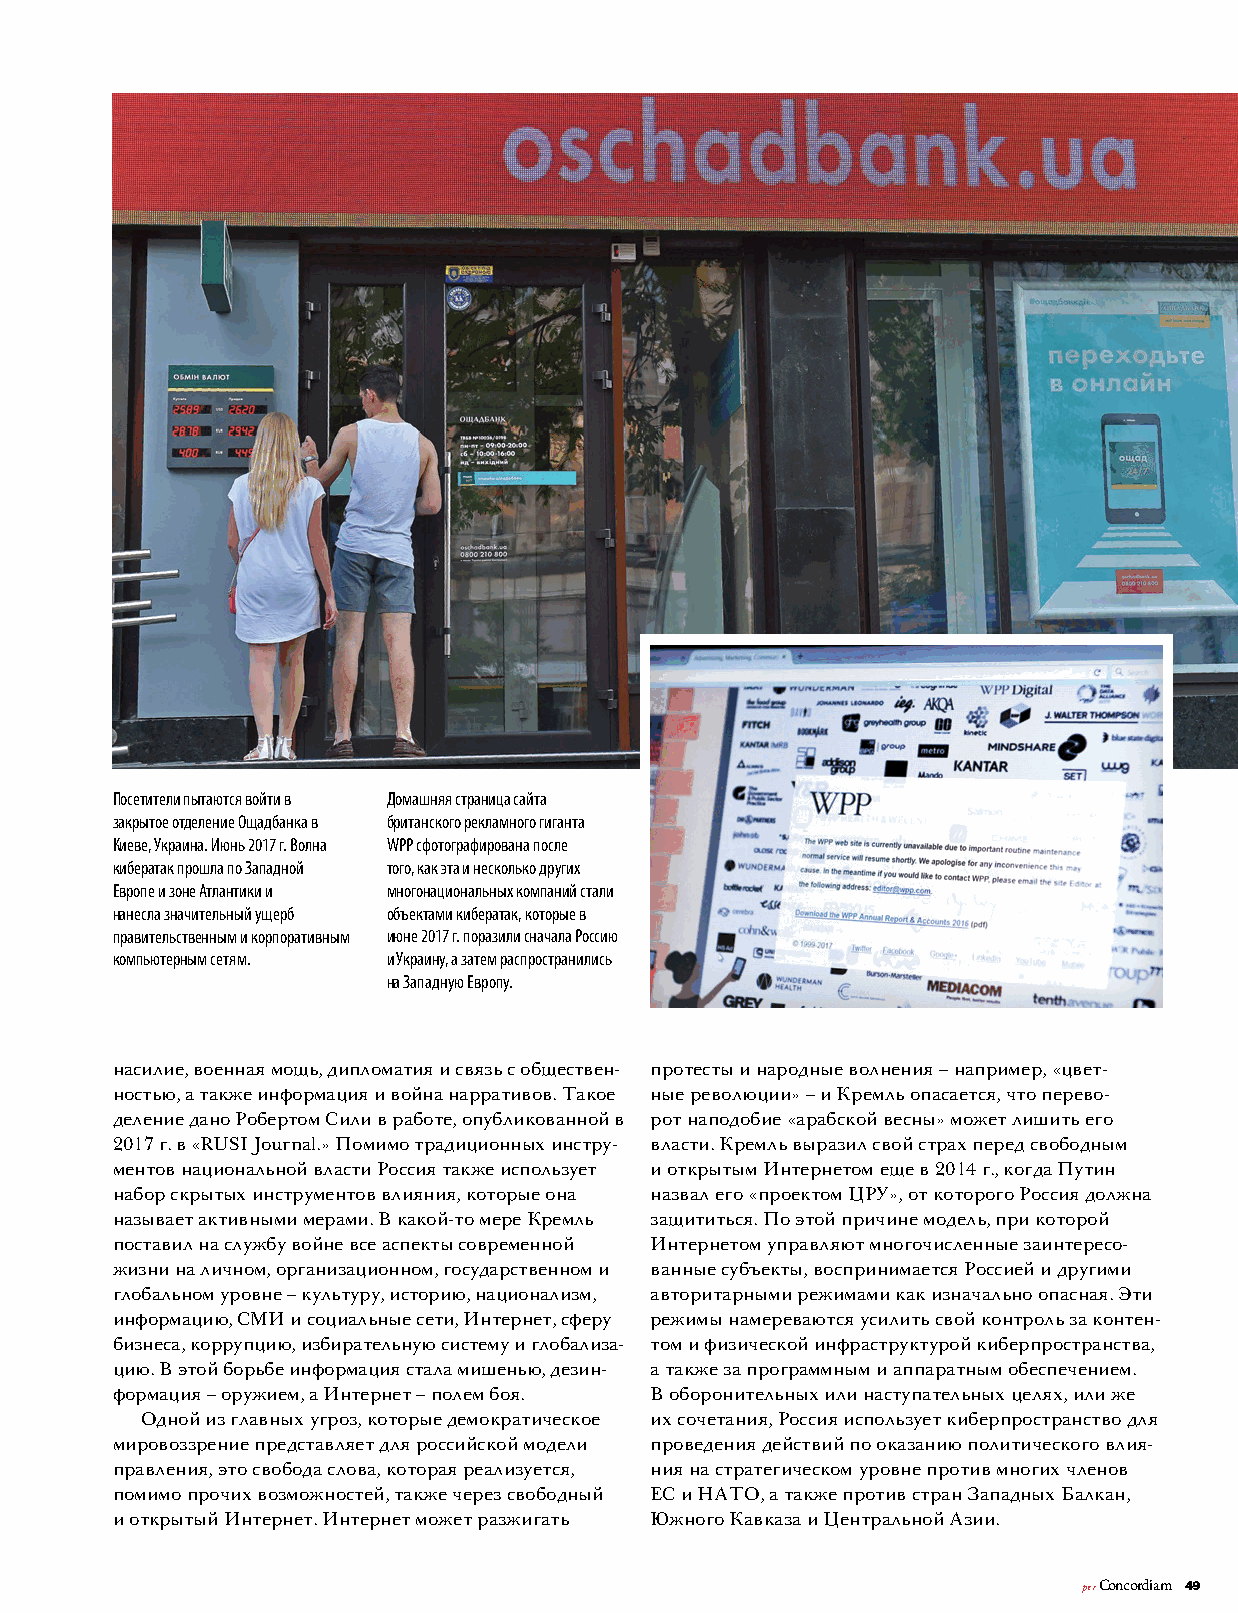
Посетители пытаются войти в Домашняя страница сайта
 закрытое отделение Ощадбанка в британского рекламного гиганта
 Киеве, Украина. Июнь 2017 г. Волна WPP сфотографирована после
 кибератак прошла по Западной того, как эта и несколько других
 Европе и зоне Атлантики и многонациональных компаний стали
 нанесла значительный ущерб объектами кибератак, которые в
 правительственным и корпоративным июне 2017 г. поразили сначала Россию
 компьютерным сетям. и Украину, а затем распространились
 на Западную Европу.
 насилие, военная мощь, дипломатия и связь с обществен- протесты и народные волнения – например, «цвет-
 ностью, а также информация и война нарративов. Такое ные революции» – и Кремль опасается, что перево-
 деление дано Робертом Сили в работе, опубликованной в рот наподобие «арабской весны» может лишить его
 2017 г. в «RUSI Journal.» Помимо традиционных инстру- власти. Кремль выразил свой страх перед свободным
 ментов национальной власти Россия также использует и открытым Интернетом еще в 2014 г., когда Путин
 набор скрытых инструментов влияния, которые она назвал его «проектом ЦРУ», от которого Россия должна
 называет активными мерами. В какой-то мере Кремль защититься. По этой причине модель, при которой
 поставил на службу войне все аспекты современной Интернетом управляют многочисленные заинтересо-
 жизни на личном, организационном, государственном и ванные субъекты, воспринимается Россией и другими
 глобальном уровне – культуру, историю, национализм, авторитарными режимами как изначально опасная. Эти
 информацию, СМИ и социальные сети, Интернет, сферу режимы намереваются усилить свой контроль за контен-
 бизнеса, коррупцию, избирательную систему и глобализа- том и физической инфраструктурой киберпространства,
 цию. В этой борьбе информация стала мишенью, дезин- а также за программным и аппаратным обеспечением.
 формация – оружием, а Интернет – полем боя. В оборонительных или наступательных целях, или же
 Одной из главных угроз, которые демократическое их сочетания, Россия использует киберпространство для
 мировоззрение представляет для российской модели проведения действий по оказанию политического влия-
 правления, это свобода слова, которая реализуется, ния на стратегическом уровне против многих членов
 помимо прочих возможностей, также через свободный ЕС и НАТО, а также против стран Западных Балкан,
 и открытый Интернет. Интернет может разжигать Южного Кавказа и Центральной Азии.
 per Concordiam 49